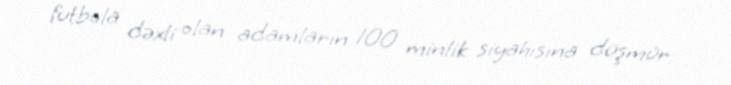
futbola dəxli olan adamların 100 minlik siyahısına düşmür.